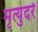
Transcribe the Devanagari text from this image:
मृत्युदरें